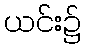
ယင်း၌